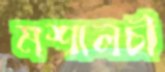
মশালচী